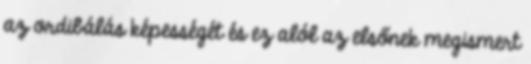
az ordibálás képességét és ez alól az elsőnek megismert